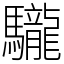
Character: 䮾